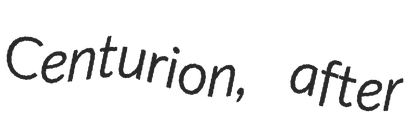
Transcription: Centurion, after